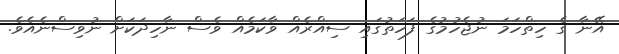
އޭނާ ގެ ހިތްހަމަ ނުޖެހުމުގެ ފަހަތުގައި ސިއްރެއް ވާކަމެއް ވެސް ނާހިދަކަށް ނުވިސްނެއެވެ.